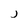
Character: j